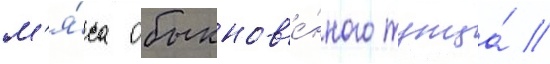
м'я́са обыкнов'е́нного тунца́ //